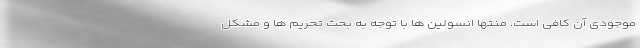
موجودی آن کافی است. منتها انسولین ها با توجه به بحث تحریم ها و مشکل